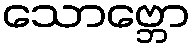
သောဗ္ဘော